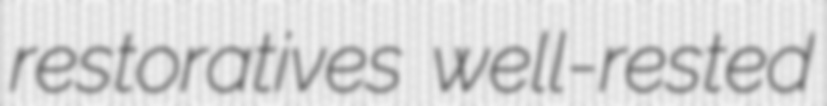
restoratives well-rested